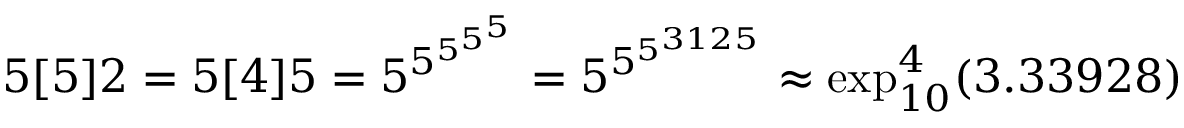
5 [ 5 ] 2 = 5 [ 4 ] 5 = 5 ^ { 5 ^ { 5 ^ { 5 ^ { 5 } } } } = 5 ^ { 5 ^ { 5 ^ { 3 1 2 5 } } } \approx \exp _ { 1 0 } ^ { 4 } ( 3 . 3 3 9 2 8 )